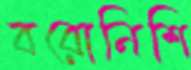
বরোনিশি